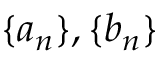
\{ a _ { n } \} , \{ b _ { n } \}